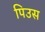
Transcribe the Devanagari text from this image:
पिउस